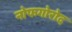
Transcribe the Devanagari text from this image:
नोफगोरोद